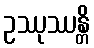
ဥဿုဿန္တိ